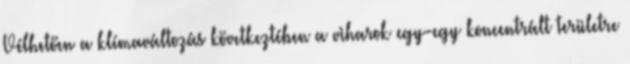
Vélhetően a klímaváltozás következtében a viharok egy-egy koncentrált területre